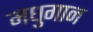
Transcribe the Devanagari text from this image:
मधुगान